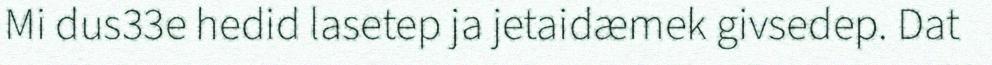
Mi dus33e hedid lasetep ja jetaidæmek givsedep. Dat